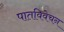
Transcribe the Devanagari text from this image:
पातविवेचन